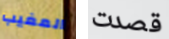
المغيب قصدت